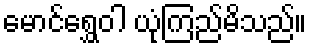
မောင်ရွှေဝါ ယုံကြည်မိသည်။